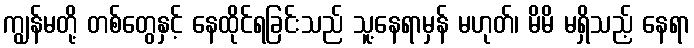
ကျွန်မတို့ တစ်တွေနှင့် နေထိုင်ရခြင်းသည် သူ့နေရာမှန် မဟုတ်၊ မိမိ မရှိသည့် နေရာ